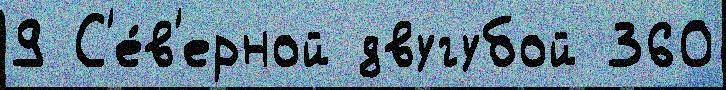
9 С'е́в'ерной двугубой 360